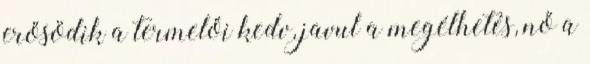
erősödik a termelői kedv, javul a megélhetés, nő a